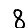
Digit: 8